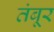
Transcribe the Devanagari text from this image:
तंबूर